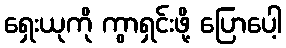
ရှေးယုကို ကွာရှင်းဖို့ ပြောပေါ့